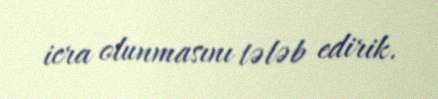
icra olunmasını tələb edirik.